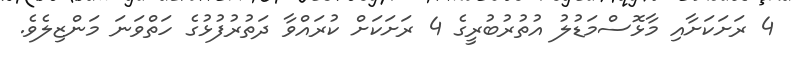
4 ރަށަކަށާއި މާޅޮސްމަޑުލު އުތުރުބުރީގެ 4 ރަށަކަށް ކުރައްވާ ދަތުރުފުޅުގެ ހަތްވަނަ މަންޒިލެވެ.